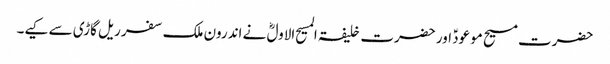
حضرت مسیح موعودؑ اور حضرت خلیفۃ المسیح الاولؓ نے اندرون ملک سفر ریل گاڑی سے کیے۔